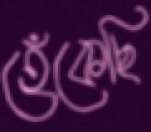
হেঁকেছি